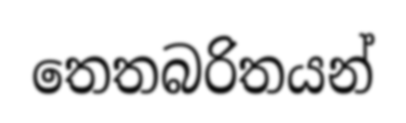
තෙතබරිතයන්